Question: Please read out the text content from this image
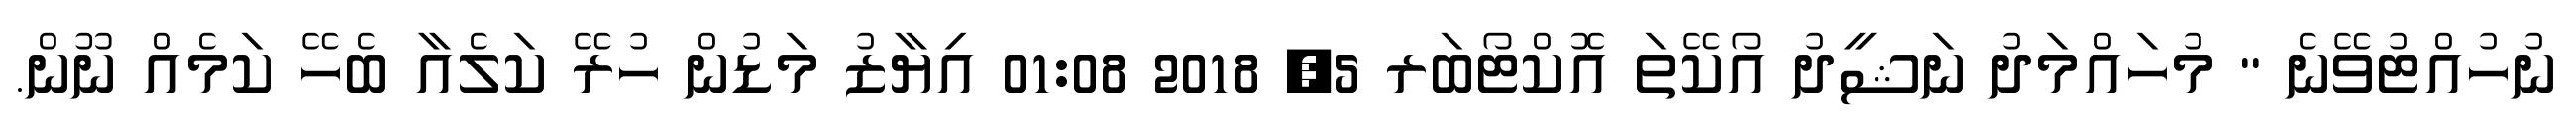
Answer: ނުހުއްޓުވޭނެ " މުހައްމަދު ނަޝީދު އޯކޭތަ އޮކްޓޯބަރ 5, 2018 01:08 އިޔާޒު މަޑުން ހުރޭ ކަލެއާ ބެހޭ ކަމެއް ނޫން.